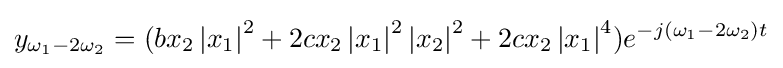
y_{\omega _{1}-2{\omega }_{2}}=(bx_{2}\left\vert {x_{1}}\right\vert ^{2}+2cx_{2}\left\vert {x_{1}}\right\vert ^{2}\left\vert {x_{2}}\right\vert ^{2}+2cx_{2}\left\vert {x_{1}}\right\vert ^{4})e^{-j(\omega _{1}-2{\omega }_{2})t}